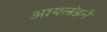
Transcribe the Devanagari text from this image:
आयलंडने